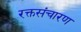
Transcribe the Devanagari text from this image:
रक्तसंचारण